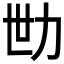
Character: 𱐬